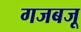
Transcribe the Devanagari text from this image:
गजबजू